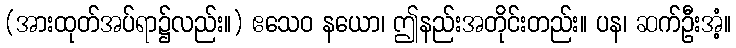
(အားထုတ်အပ်ရာ၌လည်း။) ဧသေဝ နယော၊ ဤနည်းအတိုင်းတည်း။ ပန၊ ဆက်ဦးအံ့။